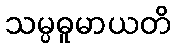
သမ္ပဓူမာယတိ